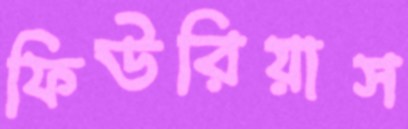
ফিউরিয়াস